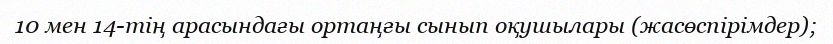
10 мен 14-тің арасындағы ортаңғы сынып оқушылары (жасөспірімдер);